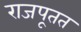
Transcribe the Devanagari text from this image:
राजपूतत